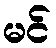
မင်